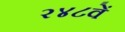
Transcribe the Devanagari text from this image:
२४८वें